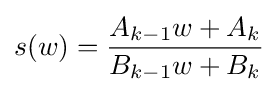
s(w)={\frac {A_{k-1}w+A_{k}}{B_{k-1}w+B_{k}}}